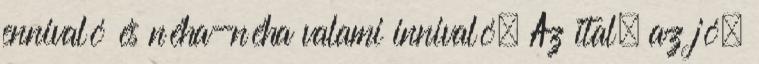
ennivaló és néha-néha valami innivaló. Az ital, az jó.